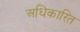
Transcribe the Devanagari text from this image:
अधिकारित